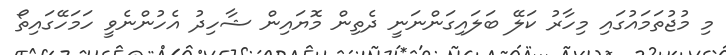
މި މުޖުތަމައުގައި މިހާރު ކަލޭ ބަލައިގަންނަނީ ދެތިން މޮޔައިން ޝާހިދު އެހުންނެވީ ހަމަހޭގައިތޯ